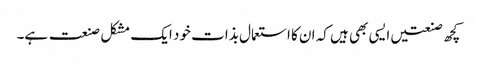
کچھ صنعتیں ایسی بھی ہیں کہ ان کا استعمال بذات خود ایک مشکل صنعت ہے۔